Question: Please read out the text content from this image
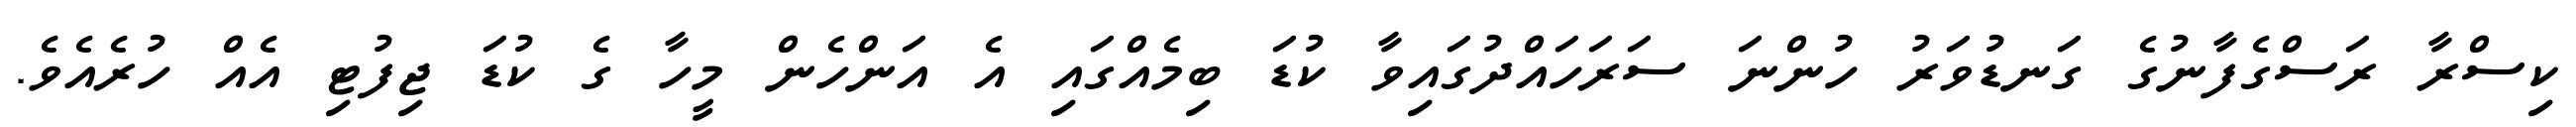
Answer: ކިސްރާ ރަސްގެފާނުގެ ގަނޑުވަރު ހުންނަ ސަރަހައްދުގައިވާ ކުޑަ ބިމެއްގައި އެ އަންހެން މީހާ ގެ ކުޑަ ޖިފުޓި އެއް ހުރެއެވެ.